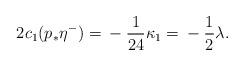
LaTeX: \begin{align*} 2c_1(p_* \eta^-) = {}-\frac{1}{24}\kappa_1 = {}-\frac{1}{2}\lambda.\end{align*}